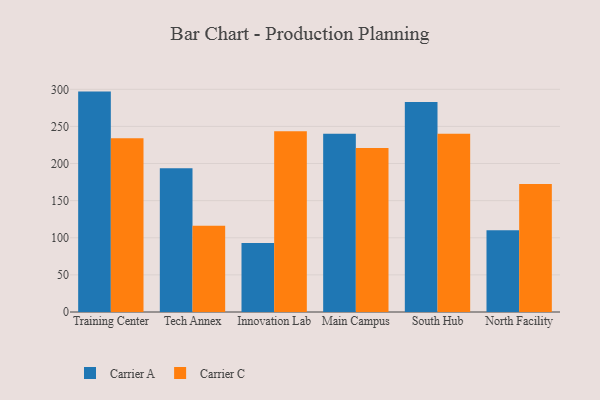
{"axis": {"x": "Campus", "y": "Energy Usage (MWh)"}, "legend": ["Carrier A", "Carrier C"], "data": [{"x": "Training Center", "y": 296.9, "type": "Carrier A"}, {"x": "Training Center", "y": 234.1, "type": "Carrier C"}, {"x": "Tech Annex", "y": 193.8, "type": "Carrier A"}, {"x": "Tech Annex", "y": 116.1, "type": "Carrier C"}, {"x": "Innovation Lab", "y": 93.0, "type": "Carrier A"}, {"x": "Innovation Lab", "y": 243.5, "type": "Carrier C"}, {"x": "Main Campus", "y": 240.1, "type": "Carrier A"}, {"x": "Main Campus", "y": 220.8, "type": "Carrier C"}, {"x": "South Hub", "y": 283.0, "type": "Carrier A"}, {"x": "South Hub", "y": 240.2, "type": "Carrier C"}, {"x": "North Facility", "y": 110.0, "type": "Carrier A"}, {"x": "North Facility", "y": 172.4, "type": "Carrier C"}]}